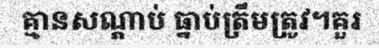
គ្មានសណ្តាប់ ធ្នាប់ត្រឹមត្រូវ។គួរ